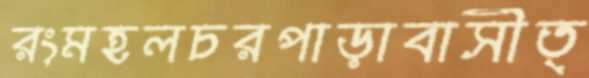
রংমহলচরপাড়াবাসীত্